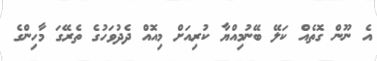
އެ ނޫން ގޮތެއް ކަލޭ ބޭނުމިއްޔާ ކުރިއަށް މިއޮއް ދެދުވަހުގެ ތެރޭގަ މާހިންގެ